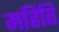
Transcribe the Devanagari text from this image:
महिति